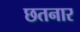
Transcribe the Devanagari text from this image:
छतनार